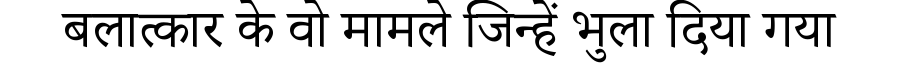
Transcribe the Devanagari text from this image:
बलात्कार के वो मामले जिन्हें भुला दिया गया